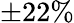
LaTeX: \pm 22\%